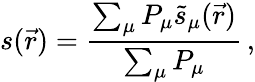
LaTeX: s(\vec{r})=\frac{\sum_{\mu}P_{\mu}\tilde{s}_{\mu}(\vec{r})}{\sum_{\mu}P_{\mu}}\, ,